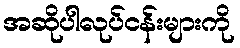
အဆိုပါလုပ်ငန်းများကို